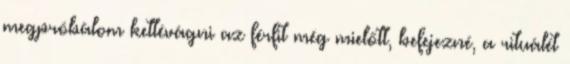
megpróbálom kettévágni az férfit még mielőtt, befejezné, a rituálét